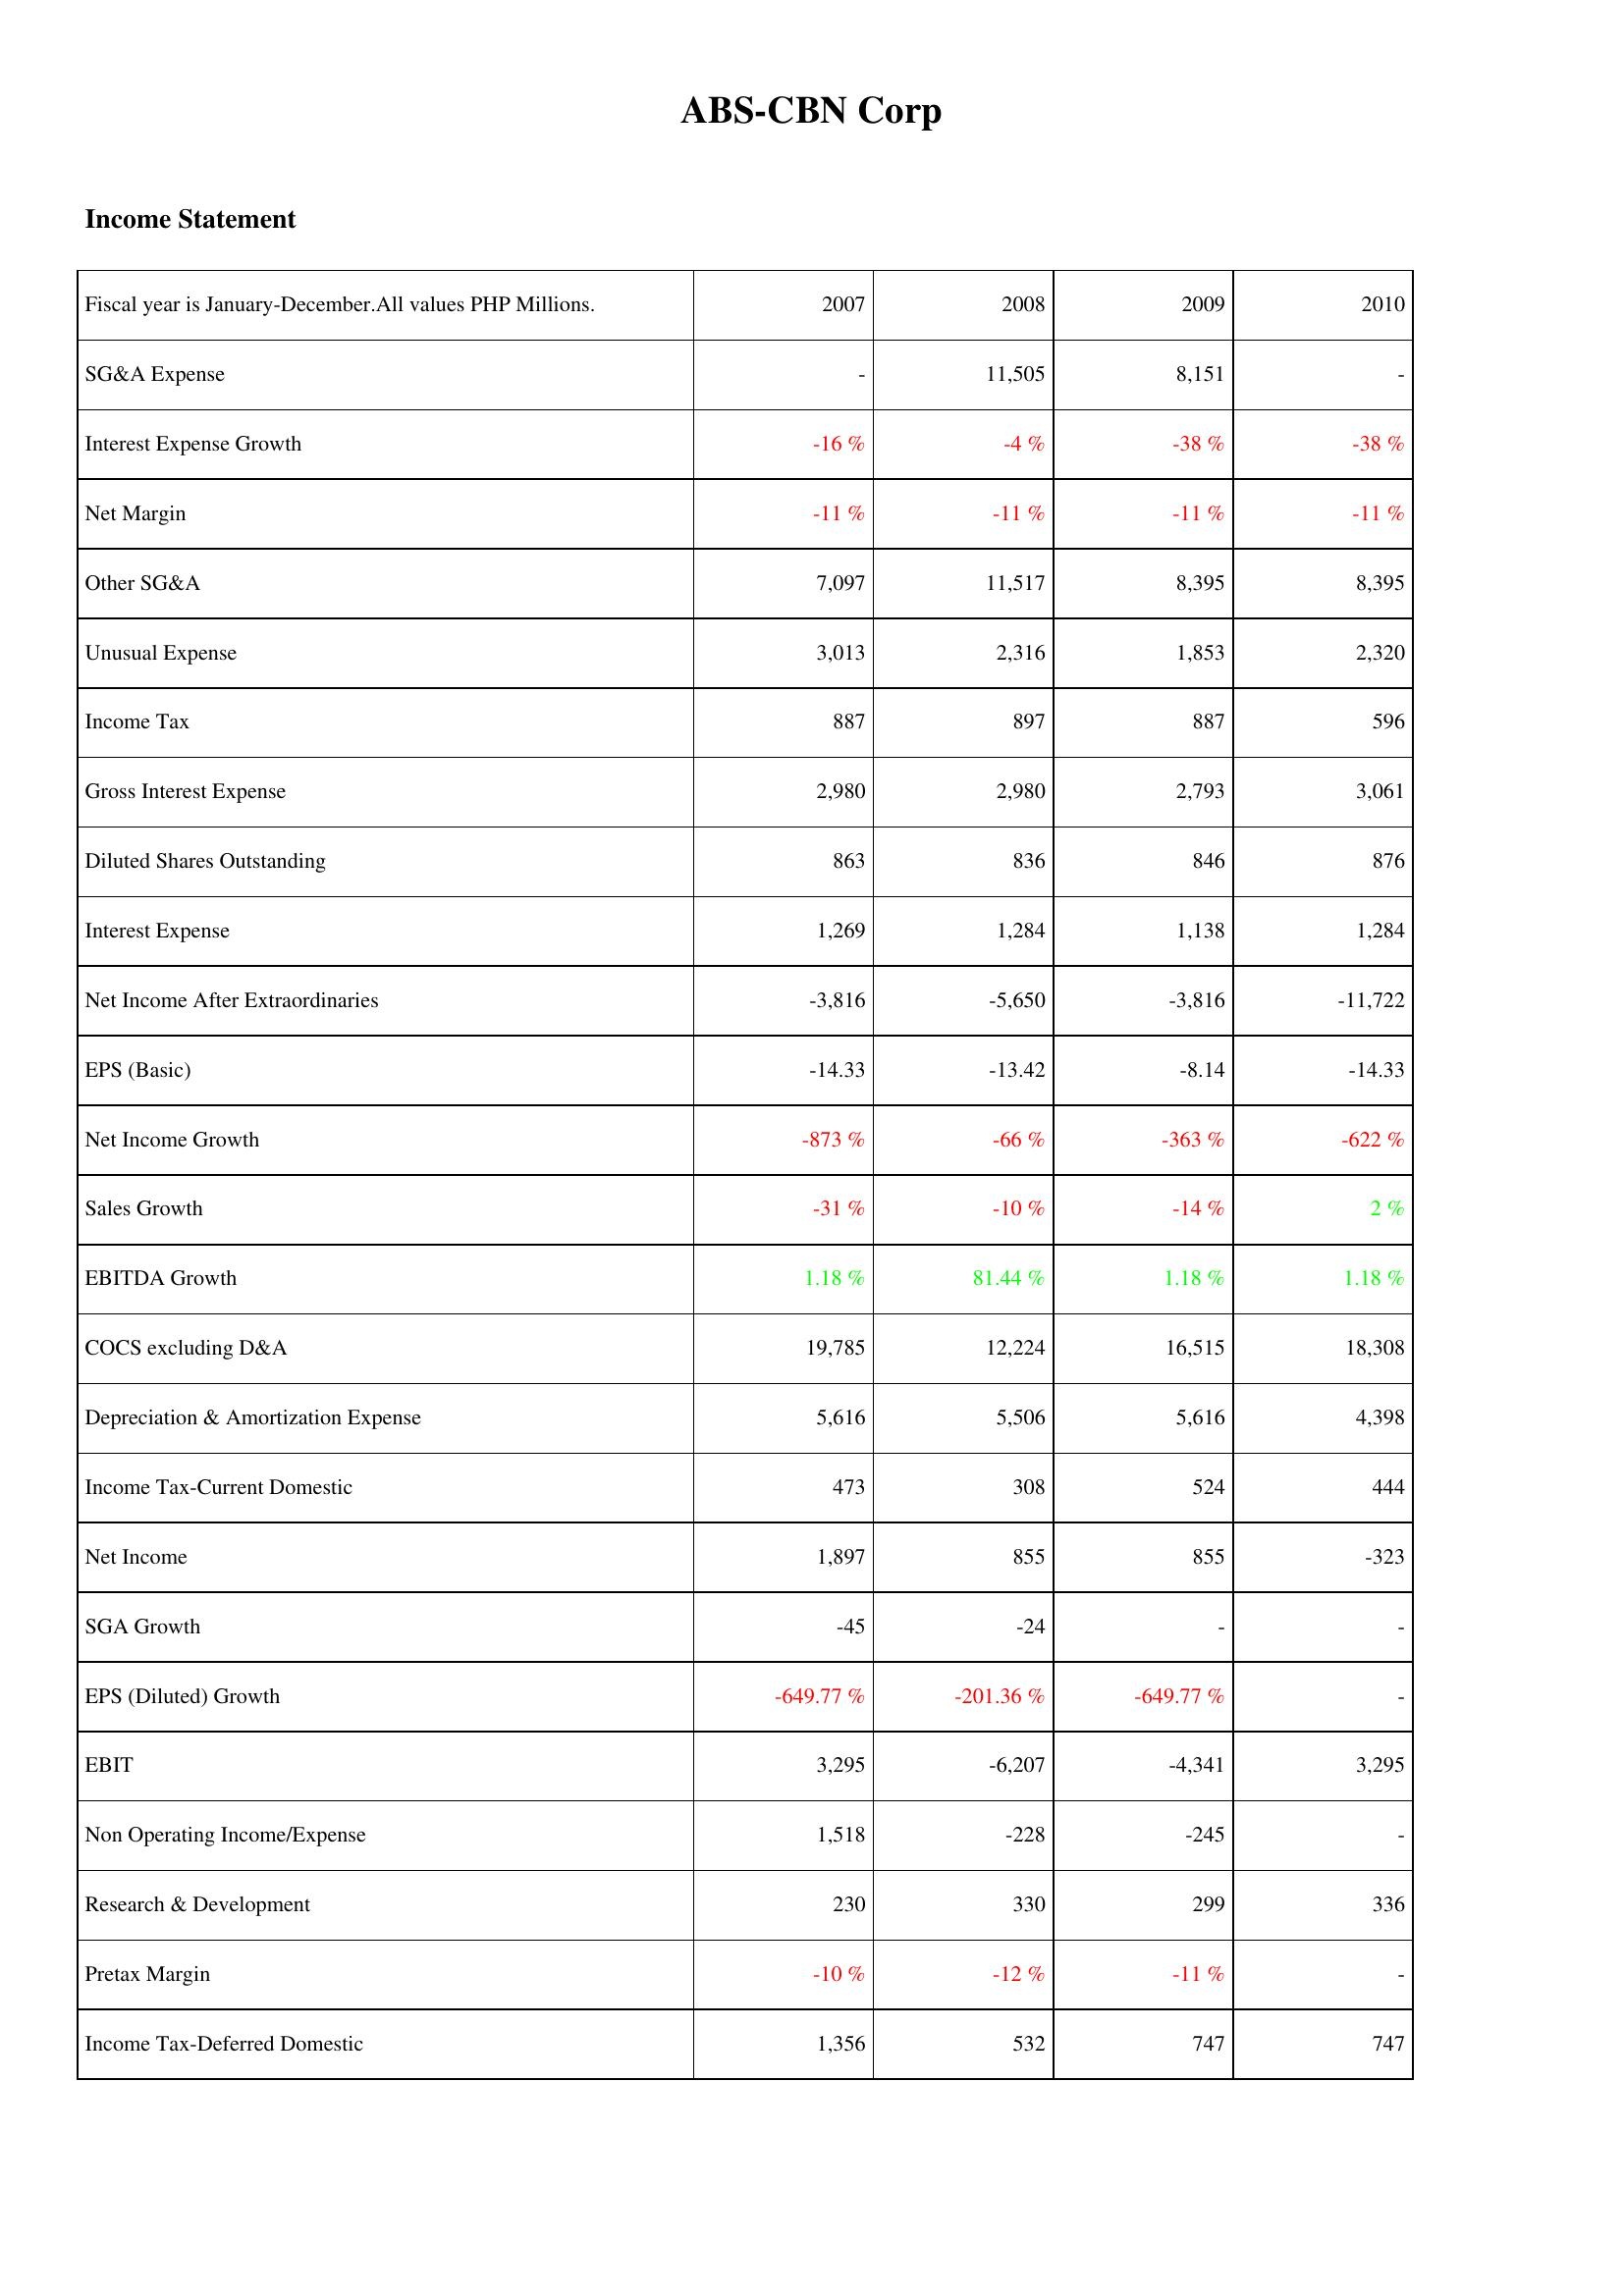
2007: Income Statement: SG&A Expense: -
Interest Expense Growth: -16 %
Net Margin: -11 %
Other SG&A: 7,097
Unusual Expense: 3,013
Income Tax: 887
Gross Interest Expense: 2,980
Diluted Shares Outstanding: 863
Interest Expense: 1,269
Net Income After Extraordinaries: -3,816
EPS (Basic): -14.33
Net Income Growth: -873 %
Sales Growth: -31 %
EBITDA Growth: 1.18 %
COCS excluding D&A: 19,785
Depreciation & Amortization Expense: 5,616
Income Tax-Current Domestic: 473
Net Income: 1,897
SGA Growth: -45
EPS (Diluted) Growth: -649.77 %
EBIT: 3,295
Non Operating Income/Expense: 1,518
Research & Development: 230
Pretax Margin: -10 %
Income Tax-Deferred Domestic: 1,356
2008: Income Statement: SG&A Expense: 11,505
Interest Expense Growth: -4 %
Net Margin: -11 %
Other SG&A: 11,517
Unusual Expense: 2,316
Income Tax: 897
Gross Interest Expense: 2,980
Diluted Shares Outstanding: 836
Interest Expense: 1,284
Net Income After Extraordinaries: -5,650
EPS (Basic): -13.42
Net Income Growth: -66 %
Sales Growth: -10 %
EBITDA Growth: 81.44 %
COCS excluding D&A: 12,224
Depreciation & Amortization Expense: 5,506
Income Tax-Current Domestic: 308
Net Income: 855
SGA Growth: -24
EPS (Diluted) Growth: -201.36 %
EBIT: -6,207
Non Operating Income/Expense: -228
Research & Development: 330
Pretax Margin: -12 %
Income Tax-Deferred Domestic: 532
2009: Income Statement: SG&A Expense: 8,151
Interest Expense Growth: -38 %
Net Margin: -11 %
Other SG&A: 8,395
Unusual Expense: 1,853
Income Tax: 887
Gross Interest Expense: 2,793
Diluted Shares Outstanding: 846
Interest Expense: 1,138
Net Income After Extraordinaries: -3,816
EPS (Basic): -8.14
Net Income Growth: -363 %
Sales Growth: -14 %
EBITDA Growth: 1.18 %
COCS excluding D&A: 16,515
Depreciation & Amortization Expense: 5,616
Income Tax-Current Domestic: 524
Net Income: 855
SGA Growth: -
EPS (Diluted) Growth: -649.77 %
EBIT: -4,341
Non Operating Income/Expense: -245
Research & Development: 299
Pretax Margin: -11 %
Income Tax-Deferred Domestic: 747
2010: Income Statement: SG&A Expense: -
Interest Expense Growth: -38 %
Net Margin: -11 %
Other SG&A: 8,395
Unusual Expense: 2,320
Income Tax: 596
Gross Interest Expense: 3,061
Diluted Shares Outstanding: 876
Interest Expense: 1,284
Net Income After Extraordinaries: -11,722
EPS (Basic): -14.33
Net Income Growth: -622 %
Sales Growth: 2 %
EBITDA Growth: 1.18 %
COCS excluding D&A: 18,308
Depreciation & Amortization Expense: 4,398
Income Tax-Current Domestic: 444
Net Income: -323
SGA Growth: -
EPS (Diluted) Growth: -
EBIT: 3,295
Non Operating Income/Expense: -
Research & Development: 336
Pretax Margin: -
Income Tax-Deferred Domestic: 747